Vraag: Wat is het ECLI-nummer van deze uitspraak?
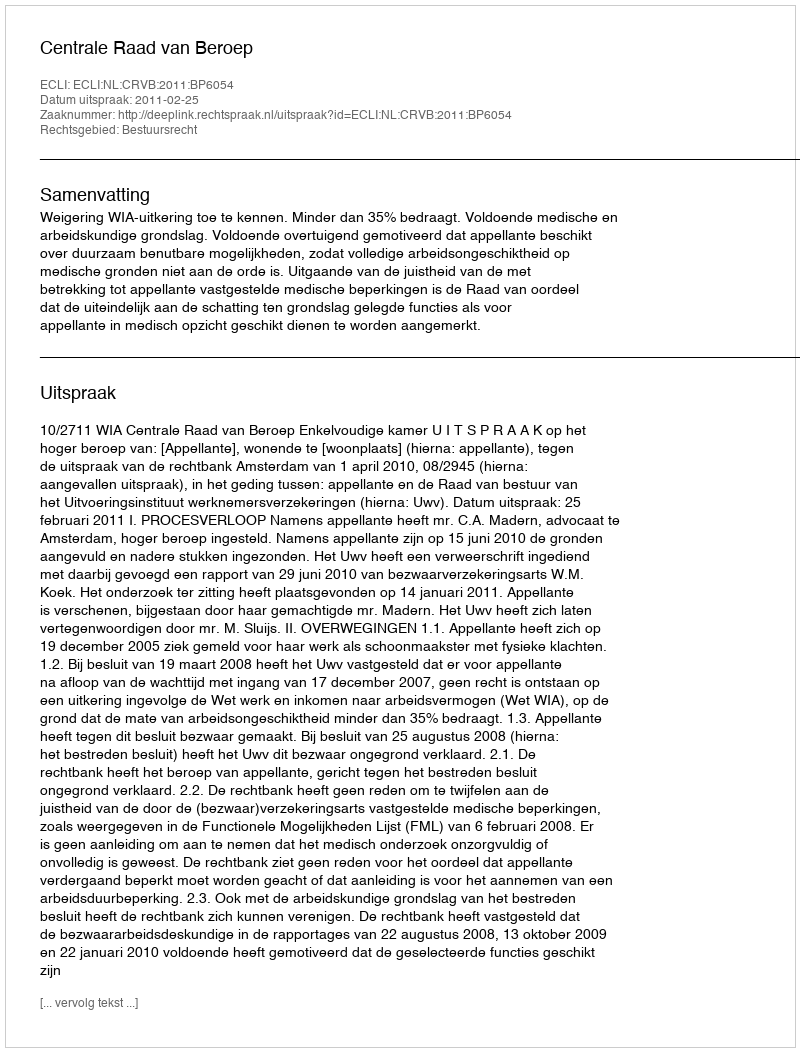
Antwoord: ECLI:NL:CRVB:2011:BP6054